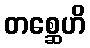
တစ္ဆေဟိ